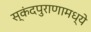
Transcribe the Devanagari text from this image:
स्कंदपुराणामध्ये